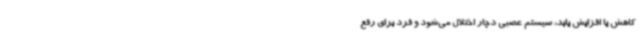
کاهش یا افزایش یابد، سیستم عصبی دچار اختلال می‌شود و فرد برای رفع